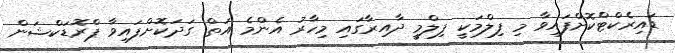
ޑައިރެކްޓްކޮށްފައިވާ މި ފިލްމަކީ ފިލްމީ ދާއިރާގައި މިހާރު އެންމެ އަތް ގަދަކޮށްފައިވާ ޕްރޮޑަކްޝަން